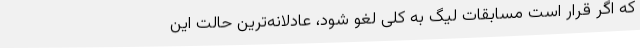
که اگر قرار است مسابقات لیگ به کلی لغو شود، عادلانه‌ترین‌ حالت این